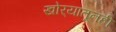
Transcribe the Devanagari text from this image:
खोर्‍यातूनही